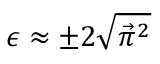
\epsilon \approx \pm 2 \sqrt { { \vec { \pi } } ^ { 2 } }